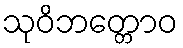
သုဝိဘတ္တောဝ